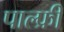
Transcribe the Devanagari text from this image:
पाल्फ्री